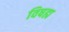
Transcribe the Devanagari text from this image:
विषह्म